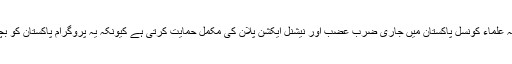
انہوں نے کہا کہ شیعہ علماء کونسل پاکستان میں جاری ضرب عضب اور نیشنل ایکشن پلان کی مکمل حمایت کرتی ہے کیونکہ یہ پروگرام پاکستان کو بچانے کی کاوشیں ہیں۔